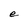
Character: e